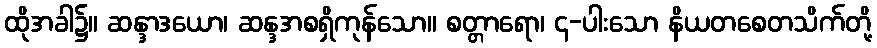
ထိုအခါ၌။ ဆန္ဒာဒယော၊ ဆန္ဒအစရှိကုန်သော။ စတ္တာရော၊ ၄-ပါးသော နိယတစေတသိက်တို့